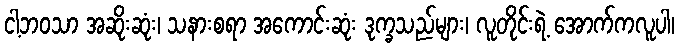
ငါ့ဘဝသာ အဆိုးဆုံး၊ သနားစရာ အကောင်းဆုံး ဒုက္ခသည်များ၊ လူတိုင်းရဲ့ အောက်ကလူပါ၊